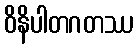
ဝိနိပါတဂတဿ